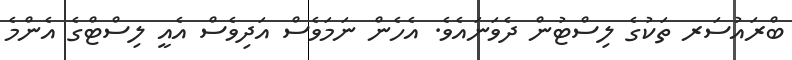
ބްރައުސަރ ތަކުގެ ލިސްޓުން ދެވަނައެވެ. އެހެން ނަމަވެސް އަދިވެސް އެއީ ލިސްޓްގެ އެންމެ